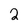
Character: 2